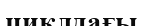
циклдағы